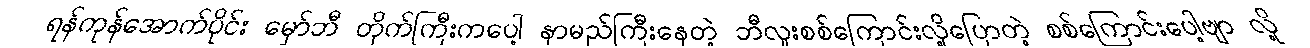
ရန်ကုန်အောက်ပိုင်း မှော်ဘီ တိုက်ကြီးကပေါ့ နာမည်ကြီးနေတဲ့ ဘီလူးစစ်ကြောင်းလို့ပြောတဲ့ စစ်ကြောင်းပေါ့ဗျာ လို့